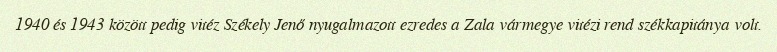
1940 és 1943 között pedig vitéz Székely Jenő nyugalmazott ezredes a Zala vármegye vitézi rend székkapitánya volt.